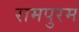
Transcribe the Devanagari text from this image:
रामपुरम